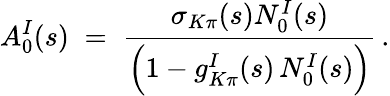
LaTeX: A_{0}^{I}(s)\; =\; \frac{\sigma_{K\pi}(s)N_{0}^{I}(s)}{\Big(1-g_{K\pi}^{I}(s)\, N_{0}^{I}(s)\Big)}\, .